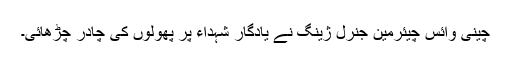
چینی وائس چیئرمین جنرل ژینگ نے یادگار شہداء پر پھولوں کی چادر چڑھائی۔